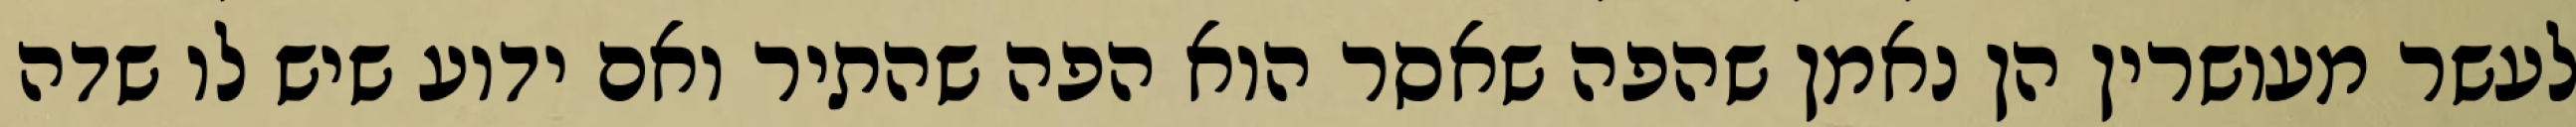
לעשר מעושרין הן נאמן שהפה שאסר הוא הפה שהתיר ואם ידוע שיש לו שדה